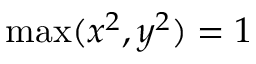
\operatorname* { m a x } ( x ^ { 2 } , y ^ { 2 } ) = 1